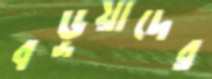
বড়ুয়াদের